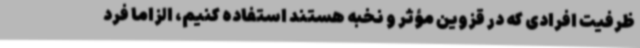
ظرفیت افرادی که در قزوین مؤثر و نخبه هستند استفاده کنیم، الزاماً فرد